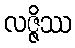
လဇ္ဇိဿ